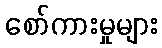
စော်ကားမှုများ